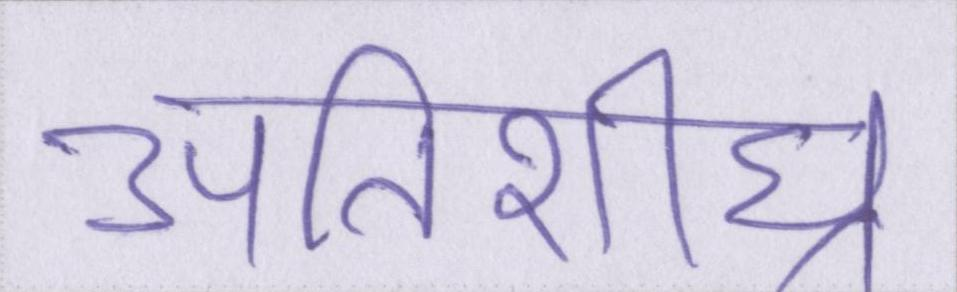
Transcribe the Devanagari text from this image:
अतिशीघ्र